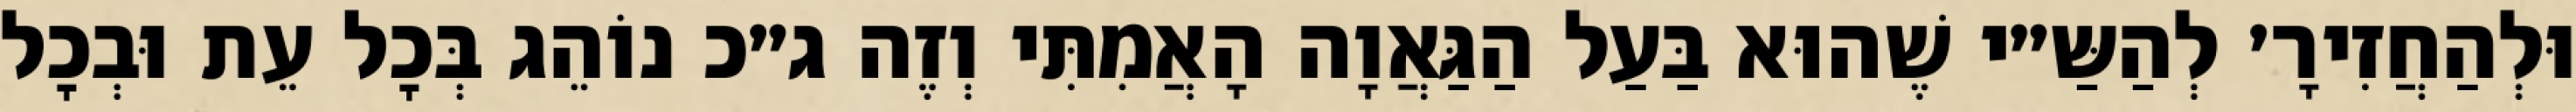
וּלְהַחֲזִירָ׳ לְהַשַּ״י שֶׁהוּא בַּעַל הַגַּאֲוָה הָאֲמִתִּי וְזֶה ג״כ נוֹהֵג בְּכׇל עֵת וּבְכׇל